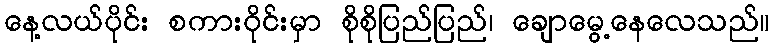
နေ့လယ်ပိုင်း စကားဝိုင်းမှာ စိုစိုပြည်ပြည်၊ ချောမွေ့နေလေသည်။